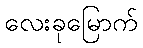
လေးခုမြောက်